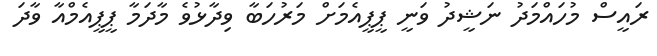
ރައީސް މުހައްމަދު ނަޝީދު ވަނީ ޕީޕީއެމަށް މަރުހަބާ ވިދާޅުވެ މާދަމާ ޕީޕީއެމްއާ ވާދަ